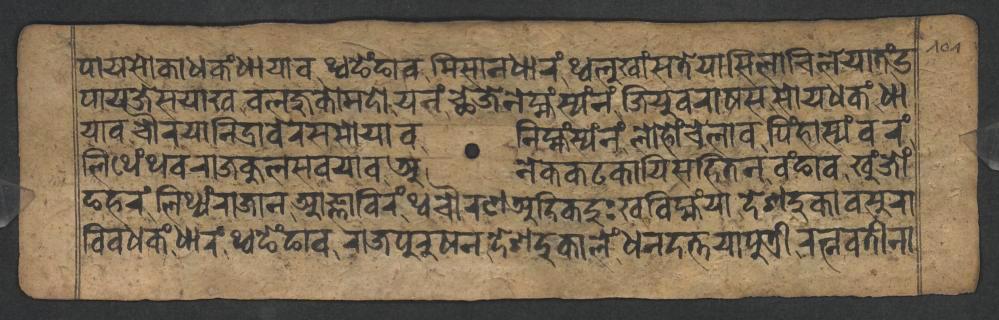
𑐥𑐵𑐫𑐳𑑀𑐎𑐵𑐢𑐎𑑄𑐢𑐵𑐫𑐵𑐰𑐠𑑂𑐰𑐒𑐾𑑄𑐒𑐵𑐰𑐩𑐶𑐳𑐵𑐣𑐢𑐵𑐬𑑄𑐠𑑂𑐰𑐮𑐸𑐏𑐵𑑄𑐳𑐟𑐾𑐫𑐵𑐳𑐶𑐮𑐵𑐔𑐶𑐮𑐾𑐫𑐵𑐟𑑄𑐄 𑐥𑐵𑐫𑐖𑐾𑐳𑐫𑐵𑐏𑐧𑐮𑐖𑐸𑐎𑑀𑐩𑐡𑑀𑐫𑐣𑑄𑐕𑐾𑐖𑐾𑐣𑐾𑐩𑑂𑐴𑑄𑐳𑑂𑐫𑑄𑐣𑑄𑐖𑐶𑐫𑐸𑐰𑐬𑐵𑐲𑐳𑐳𑑀𑐫𑐢𑐎𑑄𑐢𑐵 𑐫𑐵𑐰𑐔𑑁𑐬𑐫𑐵𑐣𑐶𑐡𑑂𑐬𑐵𑐧𑐾𑐬𑐳𑐳𑑀𑐫𑐵𑐰𑐣𑐶𑐩𑑂𑐴𑑄𑐳𑑂𑐫𑑄𑐣𑑄𑐮𑑀𑐴𑑀𑑄𑐔𑐾𑐮𑐵𑐰𑐥𑐶𑑄𑐴𑐵𑐳𑑂𑐫𑑄𑐰𑐬𑑄 𑐮𑐶𑐠𑐾𑑄𑐠𑐰𑐬𑐵𑐖𑐎𑐸𑐮𑐳𑐰𑐫𑐵𑐰𑐀𑐣𑐾𑐎𑐎𑐚𑐎𑐵𑐫𑐶𑐳𑐴𑐶𑐟𑐣𑐰𑑄𑐒𑐵𑐰𑐏𑐸𑑄𑐖𑑀𑑄 𑐒𑐴𑐬𑑄𑐮𑐶𑐠𑑂𑐫𑑄𑐬𑐵𑐖𑐵𑐣𑐁𑐖𑑂𑐘𑐵𑐧𑐶𑐬𑑄𑐠𑑂𑐰𑐔𑑁𑐬𑐞𑐀𑐡𑐶𑐎𑐡𑐸𑑅𑐏𑐧𑐶𑐩𑑂𑐴𑑄𑐫𑐵𑐡𑐾𑐱𑐡𑐸𑐎𑐵𑐰𑐳𑐸𑐬𑐵 𑐧𑐶𑐰𑐢𑐎𑑄𑐢𑐵𑐬𑑄𑐠𑑂𑐰𑐒𑐾𑑄𑐒𑐵𑐰𑐬𑐵𑐖𑐥𑐸𑐬𑐸𑐲𑐣𑐡𑐾𑐱𑐡𑐸𑐎𑐵𑐮𑐾𑑄𑐢𑐣𑐡𑐟𑑂𑐟𑐫𑐵𑐥𑐸𑐟𑑂𑐬𑐷𑐬𑐟𑑂𑐣𑐰𑐟𑐷𑐣𑐵